Annual administration report of the Bombay Presidency - 1887-1892
Year: 1887
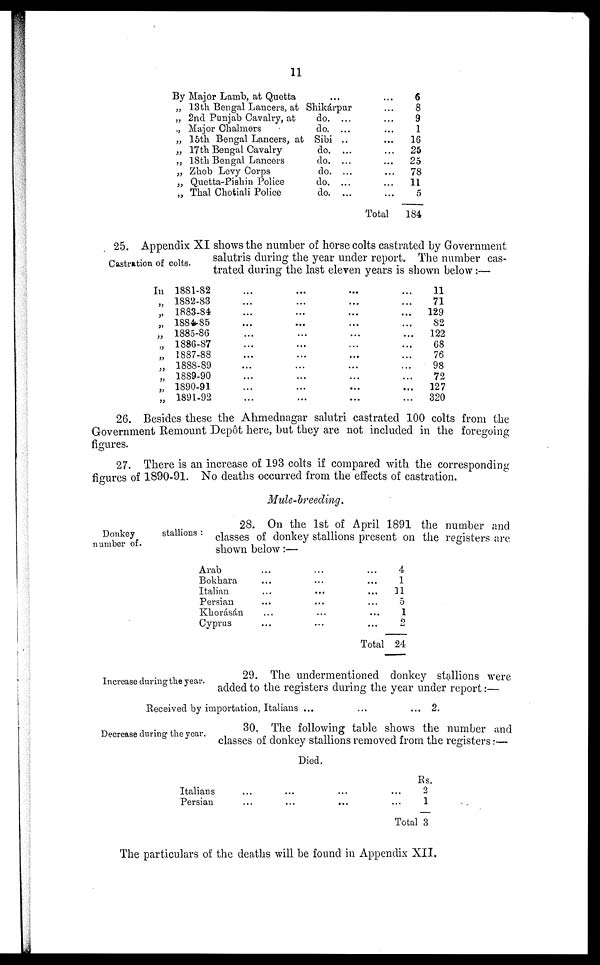
11
By Major Lamb, at Quetta
„ 13th Bengal Lancers, at
„ 2nd Punjab Cavalry, at
., Major Chalmers
„ 15th Bengal Lancers, at
„ 17th Bengal Cavalry
„ 18th Bengal Lancers
„ Zhob Levy Corps
„ Quetta-Pishin Police
„ Thal Chotiali Police
...
Shikárpur ...
do. ... ...
do. ... ...
Sibi .. ...
do. ... ...
do. ... ...
do. ... ...
do. ... ...
do. ... ...
Total
6
8
9
1
16
25
25
78
11
5
184
Castration of colts.
25. Appendix XI shows the number of horse colts castrated by Government
salutris during the year under report. The number cas-
trated during the last eleven years is shown below:—
In 1881-82 ... ... ... ...
„ 1882-83 ... ... ... ...
„ 1883-84 ... ... ... ...
„ 1884-85 ... ... ... ...
„ 1885-86 ... ... ... ...
„ 1886-87 ... ... ... ...
„ 1887-88 ... ... ... ...
„ 1888-89 ... ... ... ...
„ 1889-90 ... ... ... ...
„ 1890-91 ... ... ... ...
„ 1891-92 ... ... ... ...
11
71
129
82
122
68
76
98
72
127
320
26. Besides these the Ahmednagar salutri castrated 100 colts from the
Government Remount Depôt here, but they are not included in the foregoing
figures.
27. There is an increase of 193 colts if compared with the corresponding
figures of 1890-91. No deaths occurred from the effects of castration.
Mule-breeding.
Donkey
stallions:
number of.
28. On the 1st of April 1891 the number and
classes of donkey stallions present on the registers are
shown below:—
Arab ... ... ...
Bokhara ... ... ...
Italian ... ... ...
Persian ... ... ...
Khorásán ... ... ...
Cyprus ... ... ...
Total
4
1
11
5
1
2
24
Increase during the year.
29. The undermentioned donkey stallions were
added to the registers during the year under report:—
Received by importation, Italians ... ... ...
2.
Decrease during the year.
30. The following table shows the number and
classes of donkey stallions removed from the registers:—
Died.
Italians ... ... ... ...
Persian ... ... ... ...
Total ... ... ... ...
Rs.
2
1
3
The particulars of the deaths will be found in Appendix XII.